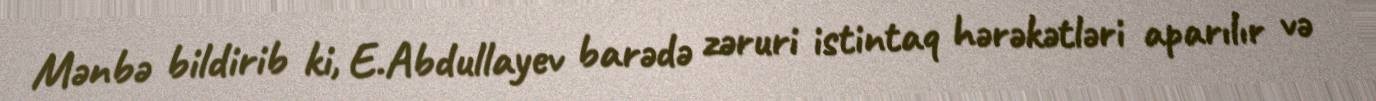
Mənbə bildirib ki, E.Abdullayev barədə zəruri istintaq hərəkətləri aparılır və